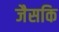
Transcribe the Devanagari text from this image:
जैसकि